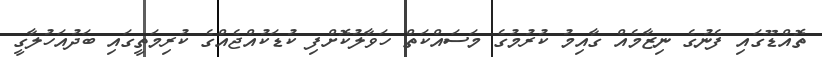
ތޮއްޑޫގައި ފެނުގެ ނިޒާމެއް ގާއިމު ކުރުމުގެ މަސައްކަތް ހަވާލުކޮށްފި ކުޑަކުއްޖެއްގެ ކުރިމަތީގައި ބަދުއަހުލާގީ